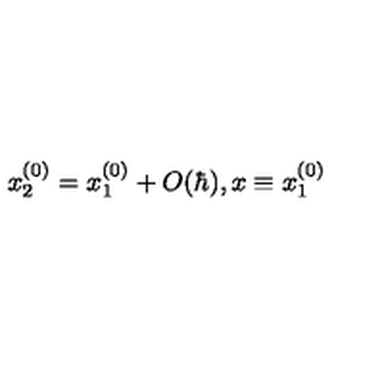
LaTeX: x _ { 2 } ^ { ( 0 ) } = x _ { 1 } ^ { ( 0 ) } + O ( \hbar ) , x \equiv x _ { 1 } ^ { ( 0 ) }